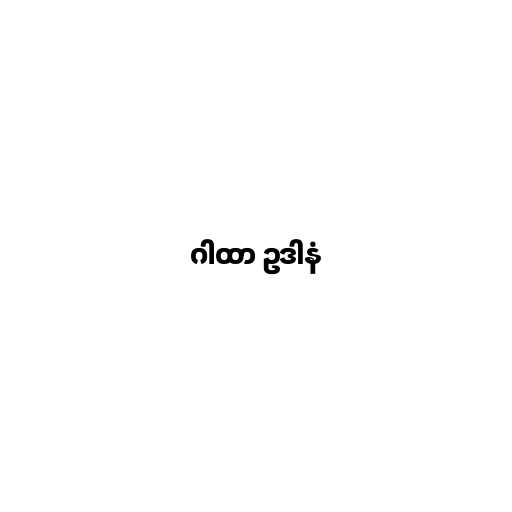
ဂါထာ ဥဒါနံ